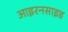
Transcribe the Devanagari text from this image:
आइरनसाइड